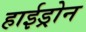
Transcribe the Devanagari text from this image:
हाईड्रोन